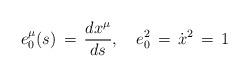
LaTeX: \begin{align*}e^\mu _0(s) \,=\,\frac{dx^\mu}{ds}, \quad e_0^2\,=\,\dot x^2\,=\,1\end{align*}